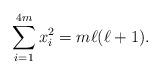
LaTeX: \begin{align*} \sum_{i=1}^{4m} x_i^2 = m\ell(\ell+1). \end{align*}